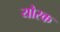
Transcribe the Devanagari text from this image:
योरक